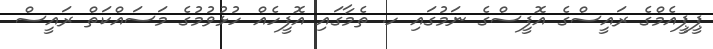
ޕީޕީއެމްގެ ރައީސްގެ އޮފީސްގެ ނަމުގައި ހ. ތެމާގައި އޮފީހެއް ހުޅުވުމުގެ މަސައްކަތް ރައީސް